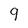
Character: 9